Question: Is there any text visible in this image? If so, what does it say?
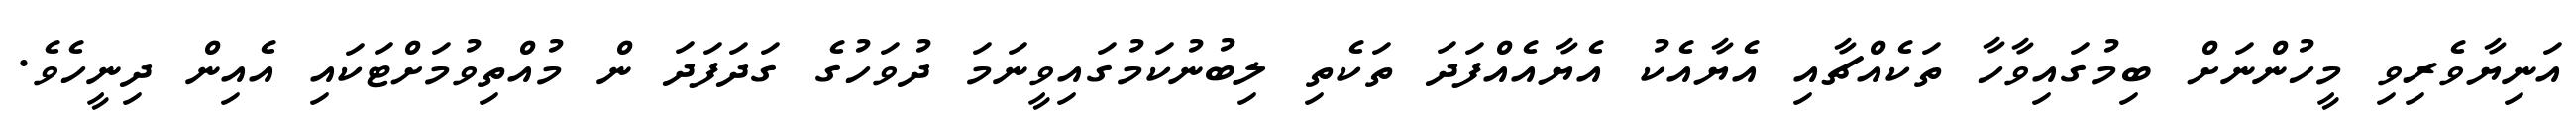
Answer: އަނިޔާވެރިވި މީހުންނަށް ބިމުގައިވާހާ ތަކެއްޗާއި އެޔާއެކު އެޔާއެއްފަދަ ތަކެތި ލިބުނުކަމުގައިވީނަމަ ދުވަހުގެ ގަދަފަދަ ން މުއްތިވުމަށްޓަކައި އެއިން ދިނީހެވެ.